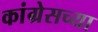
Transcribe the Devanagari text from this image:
कांग्रेसच्या